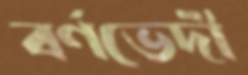
বর্ণভেদী